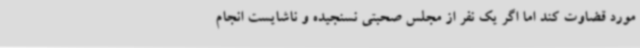
مورد قضاوت کند اما اگر یک نفر از مجلس صحبتی نسنجیده و ناشایست انجام